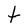
Character: t